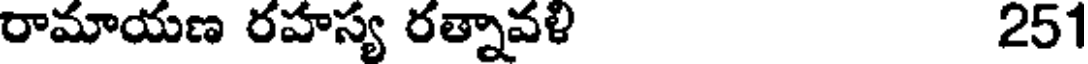
రామాయణ రహస్య రత్నావళి 251